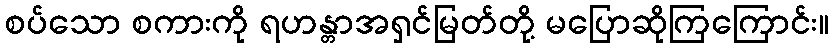
စပ်သော စကားကို ရဟန္တာအရှင်မြတ်တို့ မပြောဆိုကြကြောင်း။